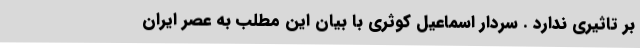
بر تاثیری ندارد . سردار اسماعیل کوثری با بیان این مطلب به عصر ایران